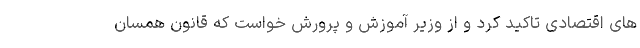
های اقتصادی تاکید کرد و از وزیر آموزش و پرورش خواست که قانون همسان